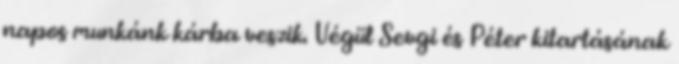
napos munkánk kárba veszik. Végül Sevgi és Péter kitartásának